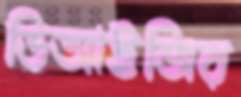
ডিআইজির